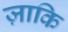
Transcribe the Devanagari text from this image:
ज़ाकि